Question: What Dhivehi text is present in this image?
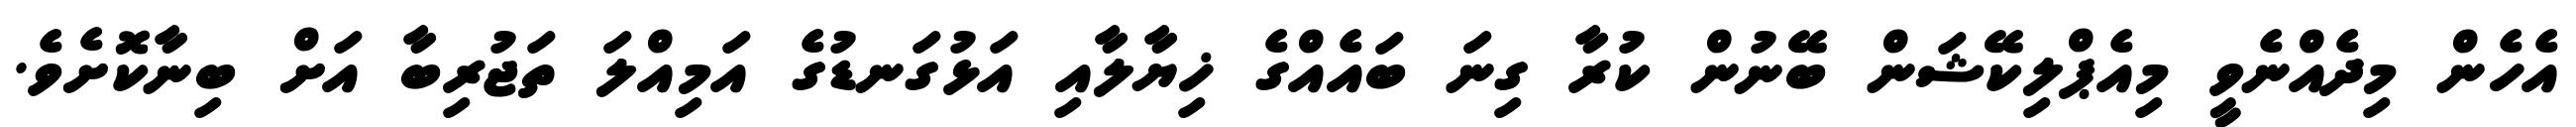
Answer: އެހެން މިދެއްނެވީ މިއެޕްލިކޭޝަން ބޭނުން ކުރާ ގިނަ ބައެއްގެ ޚިޔާލާއި އަޅުގަނޑުގެ އަމިއްލަ ތަޖުރިބާ އަށް ބިނާކޮށެވެ.